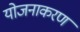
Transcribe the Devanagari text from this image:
योजनाकरण